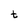
Character: t